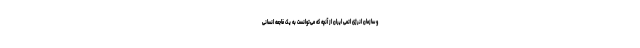
و سازمان انرژی اتمی ایران از آنچه که می‌توانست به یک فاجعه انسانی